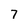
Character: 7